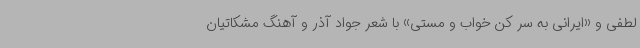
لطفی و «ایرانی به سر کن خواب و مستی» با شعر جواد آذر و آهنگ مشکاتیان